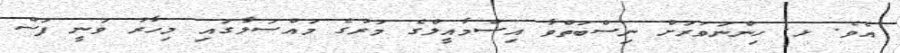
އެވެ. ޅ. ހިންނަވަރަށް ނިސްބަތްވާ އިސްމާއީލްގެ މަރުގެ މައްސަލާގައި މިހާރު ވަނީ ފަސް